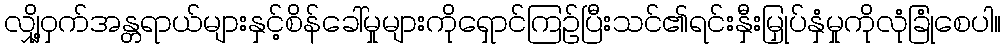
လျှို့ဝှက်အန္တရာယ်များနှင့်စိန်ခေါ်မှုများကိုရှောင်ကြဉ်ပြီးသင်၏ရင်းနှီးမြှုပ်နှံမှုကိုလုံခြုံစေပါ။